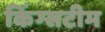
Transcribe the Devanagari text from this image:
किंग्सटीम